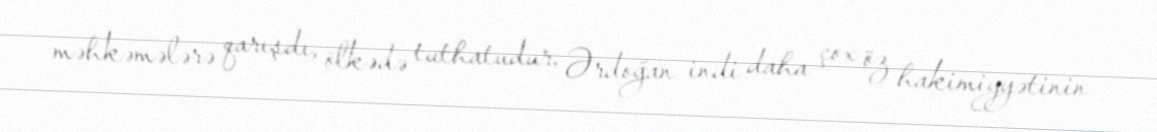
məhkəmələrə qarışdı, ölkədə tuthatudur, Ərdoğan indi daha çox öz hakimiyyətinin